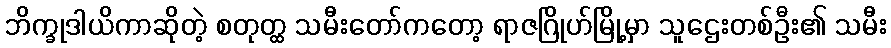
ဘိက္ခုဒါယိကာဆိုတဲ့ စတုတ္ထ သမီးတော်ကတော့ ရာဇဂြိုဟ်မြို့မှာ သူဌေးတစ်ဦး၏ သမီး